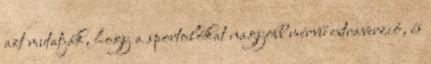
azt mutatják, hogy a sportolókat nagyobb mérvű extraverzió, és